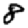
Digit: 8